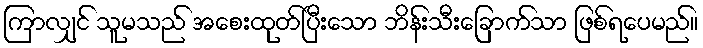
ကြာလျှင် သူမသည် အစေးထုတ်ပြီးသော ဘိန်းသီးခြောက်သာ ဖြစ်ရပေမည်။